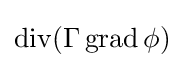
\operatorname {div} (\Gamma \operatorname {grad} \phi )